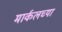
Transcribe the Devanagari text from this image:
मार्कलच्या